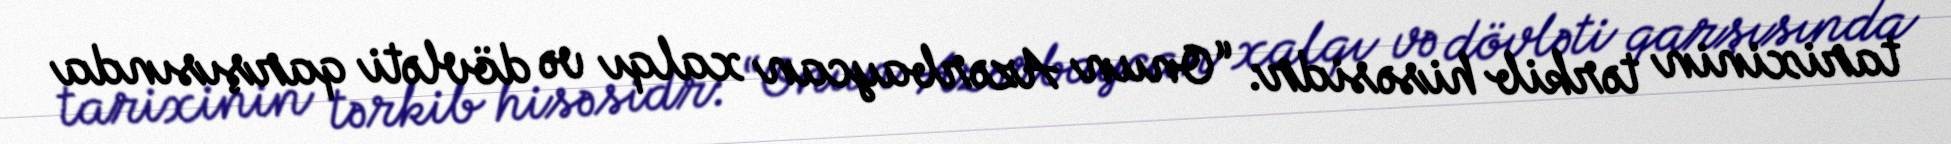
tarixinin tərkib hisəsidr: “Onun Azərbaycan xalqı və dövləti qarşısında